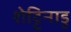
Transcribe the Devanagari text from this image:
शेट्टिनाडु